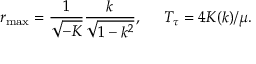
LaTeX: r _ { \mathrm { m a x } } = \frac { 1 } { \sqrt { - K } } \frac { k } { \sqrt { 1 - k ^ { 2 } } } , \; \; \; \; \; T _ { \tau } = 4 K ( k ) / \mu .